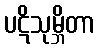
ပဋိသုမ္ဘိတာ